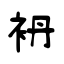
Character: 袇